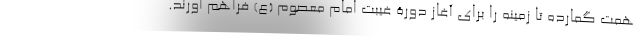
همت گمارده تا زمینه را برای آغاز دورۀ غیبت امام معصوم (ع) فراهم آورند.